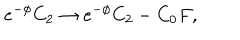
e ^ { - \phi } C _ { 2 } \rightarrow e ^ { - \phi } C _ { 2 } - C _ { 0 } F ,